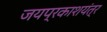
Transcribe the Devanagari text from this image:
जयप्रकाशयंत्र